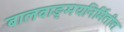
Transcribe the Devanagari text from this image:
बालवाङ्मयनिर्मितीत